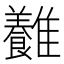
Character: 𩁥